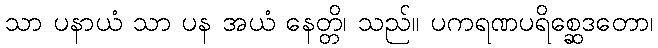
သာ ပနာယံ သာ ပန အယံ နေတ္တိ၊ သည်။ ပကရဏပရိစ္ဆေဒတော၊